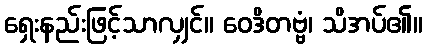
ရှေးနည်းဖြင့်သာလျှင်။ ဝေဒိတဗ္ဗံ၊ သိအပ်၏။